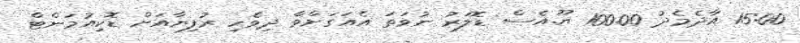
15:00 އާދެމެދު 100.00 ޔޫ.އެސް ޑޮލަރު ނުވަތަ އެއަގަށްވާ ދިވެހި ރުފިޔާއަށް ޑޮކިއުމަންޓް